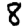
Digit: 8